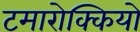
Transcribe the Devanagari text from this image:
टमारोक्कियो